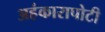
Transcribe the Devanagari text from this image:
अहंकारापोटी